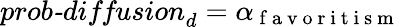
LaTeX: \textit{prob-diffusion}_{d}=\alpha_{\mathrm{~f~a~v~o~r~i~t~i~s~m~}}